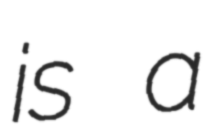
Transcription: is a